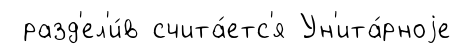
разд'ел'и́в счита́етс'я Ун'ита́рноjе